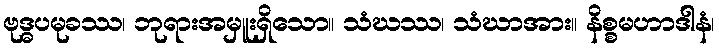
ဗုဒ္ဓပမုခဿ၊ ဘုရားအမှူးရှိသော။ သံဃဿ၊ သံဃာအား။ နိစ္စမဟာဒါနံ၊